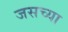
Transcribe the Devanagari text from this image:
जसच्या